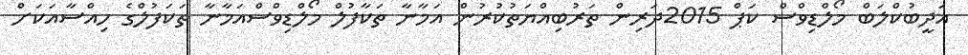
އަދީބުކްލަބް މޯލްޑިވްސް ކަޕް 2015ދަރިން ތަރުބިއްޔަތުކުރުން އަމާނާ ތަކާފުލް މޯލްޑިވްސްއަމާނާ ތަކަފުލްގެ ހިއްސާއަކަށް